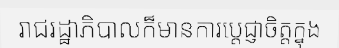
រាជរដ្ឋាភិបាលក៏មានការប្តេជ្ញាចិត្តក្នុង